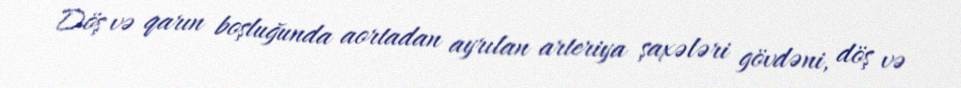
Döş və qarın boşluğunda aortadan ayrılan arteriya şaxələri gövdəni, döş və